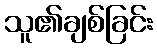
သူ၏ချစ်ခြင်း